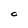
Character: C